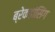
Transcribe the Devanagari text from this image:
ब्रेकडांसिंग